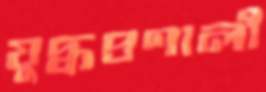
যুদ্ধপ্রণালী